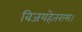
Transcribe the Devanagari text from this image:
विजयहेतराम।